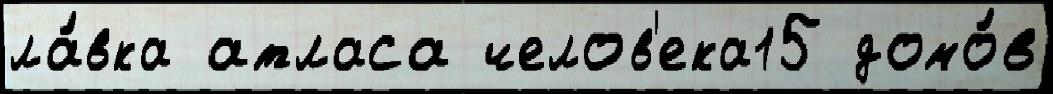
ла́вка атласа челов'ека15 домо́в